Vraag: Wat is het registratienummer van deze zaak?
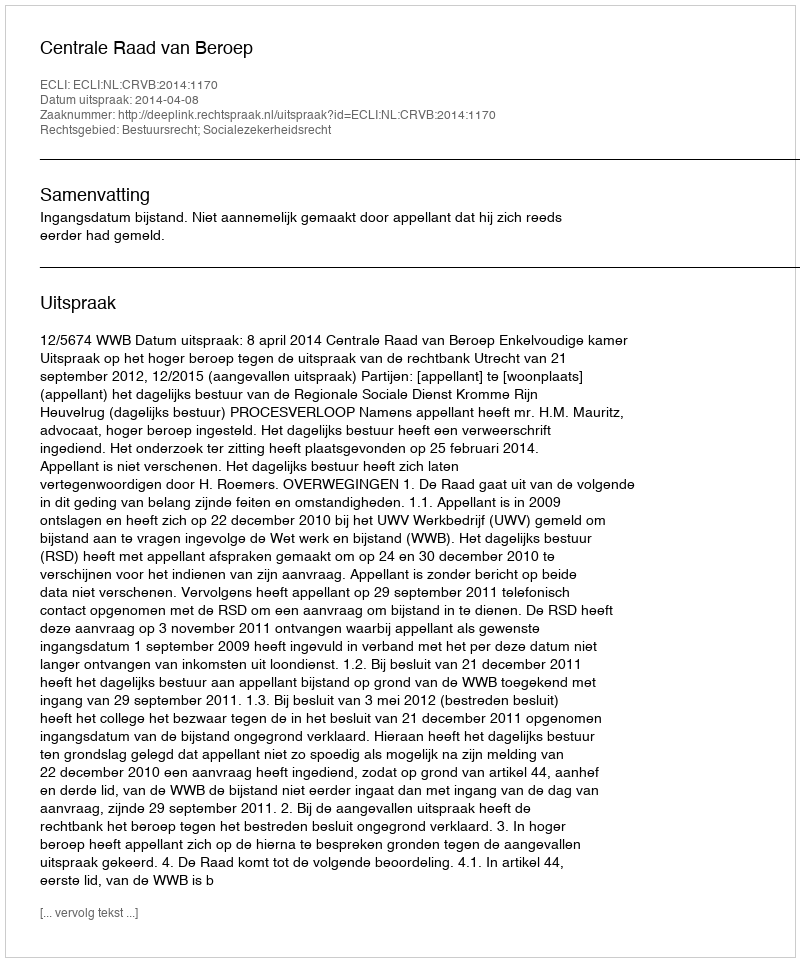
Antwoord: http://deeplink.rechtspraak.nl/uitspraak?id=ECLI:NL:CRVB:2014:1170